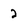
Character: 2